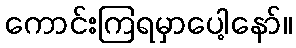
ကောင်းကြရမှာပေါ့နော်။